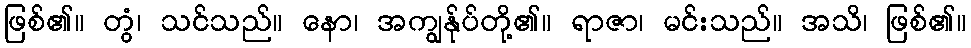
ဖြစ်၏။ တွံ၊ သင်သည်။ နော၊ အကျွန်ုပ်တို့၏။ ရာဇာ၊ မင်းသည်။ အသိ၊ ဖြစ်၏။